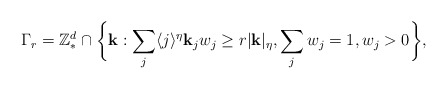
\begin{align*}\Gamma_{r} = \mathbb{Z}^{d}_{*} \cap \bigg\{\mathbf{k}: \sum_{j} \langle j\rangle^{\eta}{\bf k}_{j} w_{j} \geq r|{\bf k}|_{\eta}, \sum_{j}w_{j}=1, w_j>0 \bigg\},\end{align*}